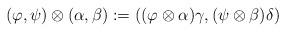
LaTeX: \begin{align*} (\varphi,\psi)\otimes(\alpha,\beta) &:=((\varphi\otimes \alpha)\gamma, (\psi\otimes \beta)\delta) \end{align*}